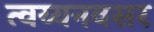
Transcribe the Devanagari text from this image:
त्वय्यनवसर